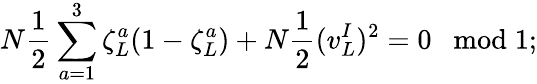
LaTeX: N\frac{1}{2}\sum_{a=1}^{3}\zeta_{L}^{a}(1-\zeta_{L}^{a})+N\frac{1}{2}(v_{L}^{I})^{2}=0\ \ \bmod 1;